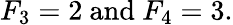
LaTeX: F_{3}=2{\mathrm{~and~}}F_{4}=3.